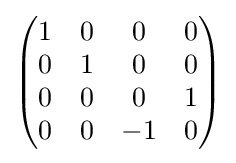
{\begin{pmatrix}1&0&0&0\\0&1&0&0\\0&0&0&1\\0&0&-1&0\end{pmatrix}}